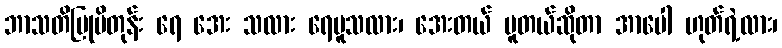
ဘာသတိပြုမိတုန်း ရေ အေး သလား ရေပူသလား၊ အေးတယ် ပူတယ်ဆိုတာ အာပေါ ဟုတ်ရဲ့လား၊